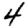
Digit: 4